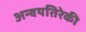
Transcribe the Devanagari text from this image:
अन्वयतिरेकी